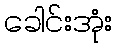
ခေါင်းအုံး